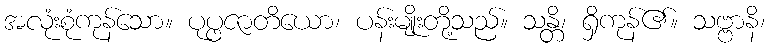
အလုံးစုံကုန်သော။ ပုပ္ဖဇာတိယော၊ ပန်းမျိုးတို့သည်။ သန္တိ၊ ရှိကုန်၏။ သဗ္ဗာနိ၊